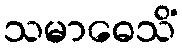
သမာဓေသိံ